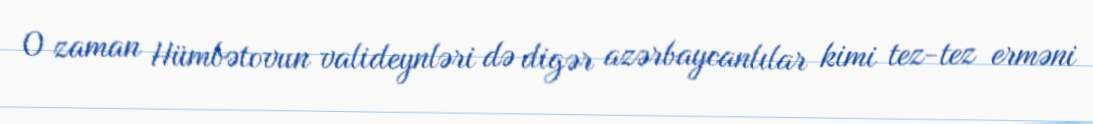
O zaman Hümbətovun valideynləri də digər azərbaycanlılar kimi tez-tez erməni